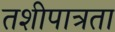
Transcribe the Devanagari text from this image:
तशीपात्रता